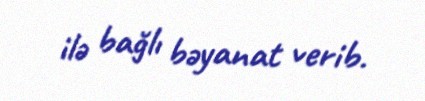
ilə bağlı bəyanat verib.